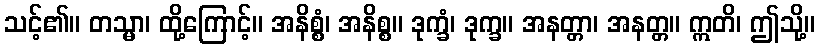
သင့်၏။ တသ္မာ၊ ထို့ကြောင့်။ အနိစ္စံ၊ အနိစ္စ။ ဒုက္ခံ၊ ဒုက္ခ။ အနတ္တာ၊ အနတ္တ။ ဣတိ၊ ဤသို့။